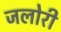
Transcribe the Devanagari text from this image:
जलोरी